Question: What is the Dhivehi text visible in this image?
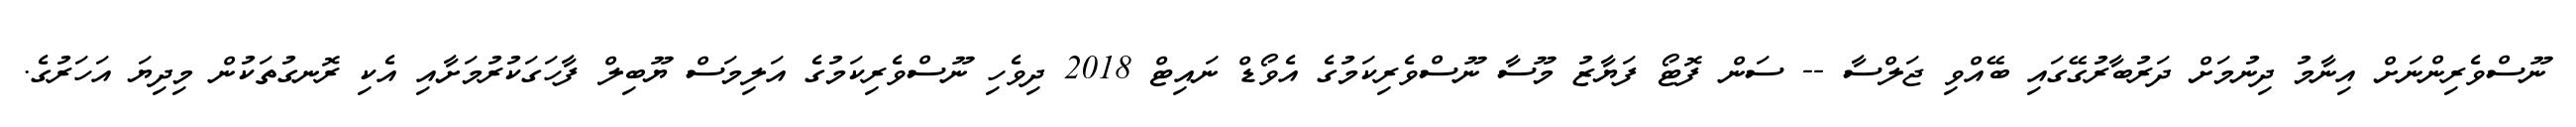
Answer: ނޫސްވެރިންނަށް އިނާމު ދިނުމަށް ދަރުބާރުގޭގައި ބޭއްވި ޖަލްސާ -- ސަން ފޮޓޯ ފަޔާޒު މޫސާ ނޫސްވެރިކަމުގެ އެވޯޑް ނައިޓް 2018 ދިވެހި ނޫސްވެރިކަމުގެ އަލިމަސް ޔޫބިލް ފާހަގަކުރުމަށާއި އެކި ރޮނގުތަކުން މިދިޔަ އަހަރުގެ.